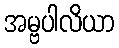
အမ္ဗပါလိယာ